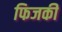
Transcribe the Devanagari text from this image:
फिजकी